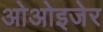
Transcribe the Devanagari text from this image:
ओओइजेर